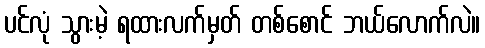
ပင်လုံ သွားမဲ့ ရထားလက်မှတ် တစ်စောင် ဘယ်လောက်လဲ။